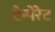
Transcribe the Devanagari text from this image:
टेम्पेरेट